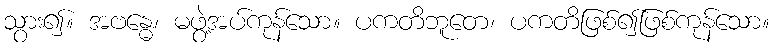
သွား၍။ အဗန္ဓေ၊ မဖွဲ့အပ်ကုန်သော။ ပကတိဘူတေ၊ ပကတိဖြစ်၍ဖြစ်ကုန်သော။